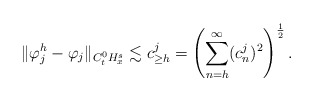
\begin{align*}\|\varphi_j^h - \varphi_j\|_{C_t^0H_x^s} \lesssim c^j_{\geq h}=\left(\sum_{\substack{n=h}}^{\infty} (c^j_n)^2\right)^{\frac{1}{2}}.\end{align*}